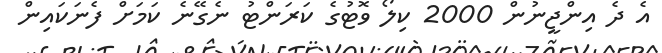
އެ ދެ އިންޖީނުން 2000 ކިލޯ ވޮޓުގެ ކަރަންޓު ނެގޭނެ ކަމަށް ފެނަކައިން